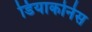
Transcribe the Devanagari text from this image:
डियाकोनेस